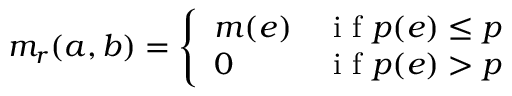
m _ { r } ( a , b ) = \left\{ \begin{array} { l l } { m ( e ) } & { \mathrm { ~ i ~ f ~ } p ( e ) \leq p } \\ { 0 } & { \mathrm { ~ i ~ f ~ } p ( e ) > p } \end{array} \right.